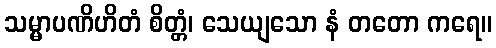
သမ္မာပဏိဟိတံ စိတ္တံ၊ သေယျသော နံ တတော ကရေ။